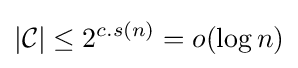
|{\mathcal {C}}|\leq 2^{c.s(n)}=o(\log n)